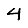
Digit: 4